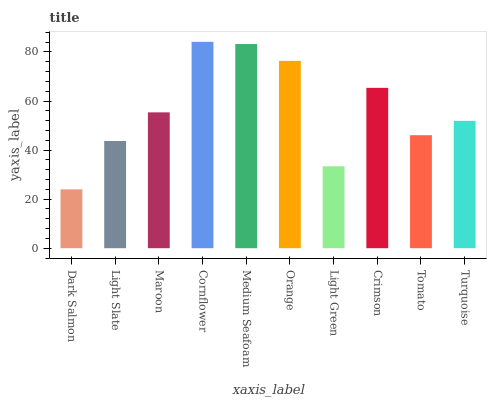
| xaxis_label | bars |
 | --- | --- |
 | Dark Salmon | 24 |
 | Light Slate | 43.7 |
 | Maroon | 55.4 |
 | Cornflower | 84.1 |
 | Medium Seafoam | 83.2 |
 | Orange | 76.4 |
 | Light Green | 33.4 |
 | Crimson | 65.4 |
 | Tomato | 46.1 |
 | Turquoise | 51.9 |